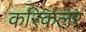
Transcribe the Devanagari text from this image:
करिकलर